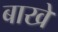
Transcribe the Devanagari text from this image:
बाखे